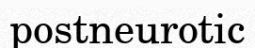
postneurotic